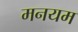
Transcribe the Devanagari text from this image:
मनयम